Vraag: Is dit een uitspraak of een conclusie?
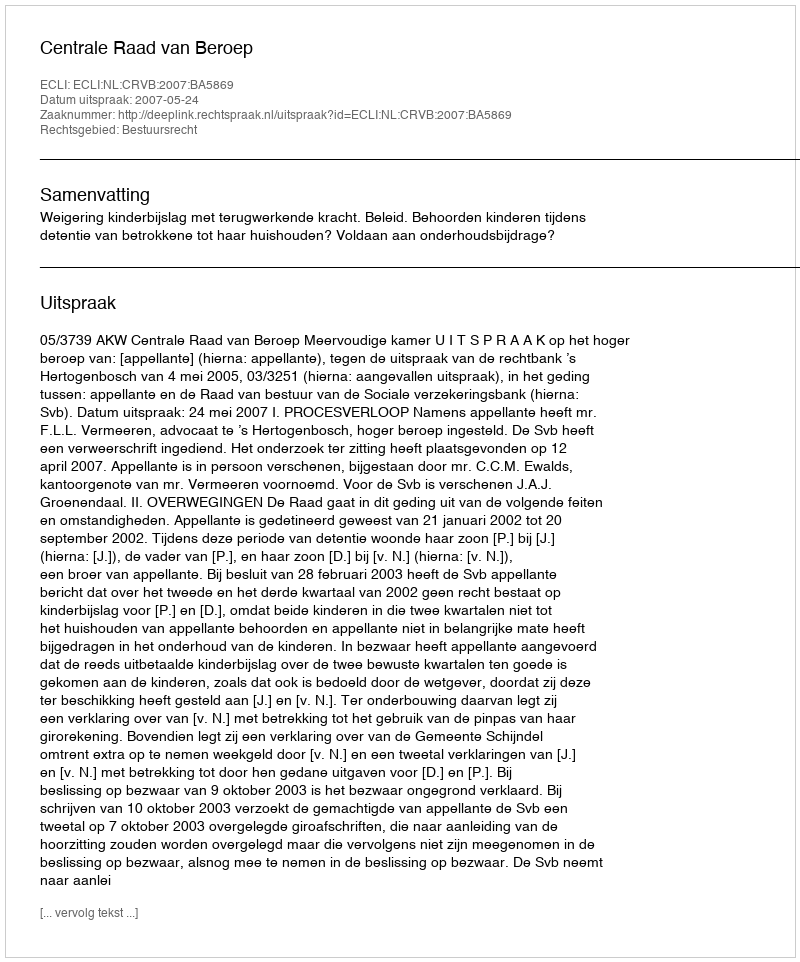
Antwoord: Uitspraak